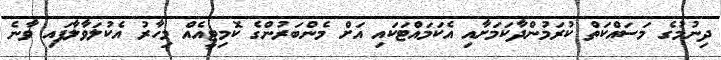
ދިނުމުގެ މަސައްކަތް ކުރަމުންދާކަމަށާއި އެކަމައްޓަކައި އަށް މެންބަރުންގެ ކޮމިޓީއެއް މިހާރު އެކުލަވާލާފައި ވާނެ